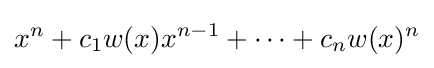
x^{n}+c_{1}w(x)x^{n-1}+\cdots +c_{n}w(x)^{n}